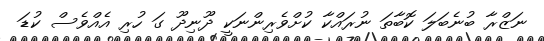
ނަޒްރާ ބުނެބަލަ ކޮބާތަ ނުރައްކާ ކުށްވެރިންނަކީ ދޫނިދޫ ގަ ހުރި އެއްވެސް ކުޑަ